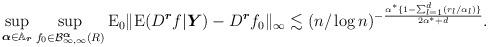
LaTeX: \begin{align*}\sup_{\boldsymbol{\alpha}\in\mathbb{A}_{\boldsymbol{r}}}\sup_{f_0\in\mathcal{B}^{\boldsymbol{\alpha}}_{\infty,\infty}(R)}\mathrm{E}_0\|\mathrm{E}(D^{\boldsymbol{r}}f|\boldsymbol{Y})-D^{\boldsymbol{r}}f_0\|_\infty\lesssim(n/\log{n})^{-\frac{\alpha^{*}\{1-\sum_{l=1}^d(r_l/\alpha_l)\}}{2\alpha^{*}+d}}.\end{align*}